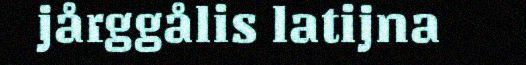
jårggålis latijna